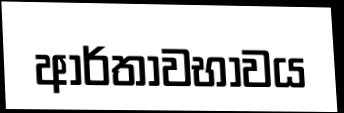
ආර්තාවභාවය